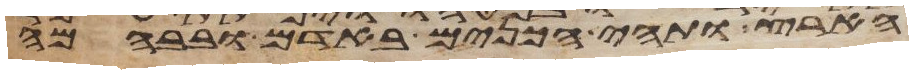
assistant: הארץ ותהי הכנים באדם ובבהמה